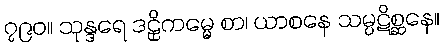
၇၉၀။ သုန္ဒရေ ဒဠှိကမ္မေ စာ၊ ယာစနေ သမ္ပဋိစ္ဆနေ။